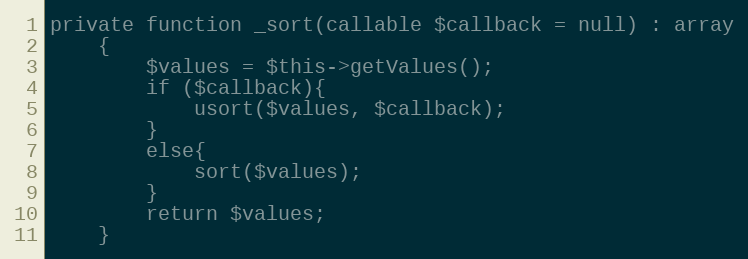
Language: PHP
private function _sort(callable $callback = null) : array
    {
        $values = $this->getValues();
        if ($callback){
            usort($values, $callback);
        }
        else{
            sort($values);
        }
        return $values;
    }